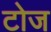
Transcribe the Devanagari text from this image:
टोज